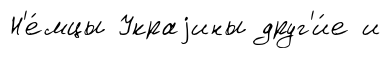
Н'е́мцы Украjины друг'и́е и